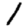
Digit: 1